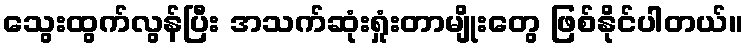
သွေးထွက်လွန်ပြီး အသက်ဆုံးရှုံးတာမျိုးတွေ ဖြစ်နိုင်ပါတယ်။